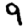
Digit: 9